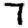
Digit: 7